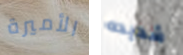
الأميرة شديده